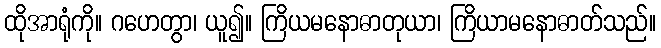
ထိုအာရုံကို။ ဂဟေတွာ၊ ယူ၍။ ကြိယမနောဓာတုယာ၊ ကြိယာမနောဓာတ်သည်။